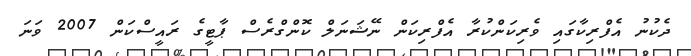
ދެކުނު އެފްރިކާގައި ވެރިކަންކުރާ އެފްރިކަން ނޭޝަނަލް ކޮންގްރެސް ޕާޓީގެ ރައީސްކަން 2007 ވަނަ